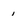
Character: 1